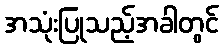
အသုံးပြုသည့်အခါတွင်